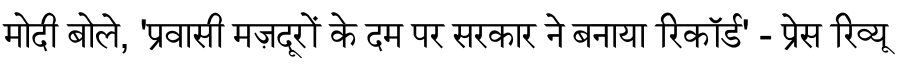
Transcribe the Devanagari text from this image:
मोदी बोले, 'प्रवासी मज़दूरों के दम पर सरकार ने बनाया रिकॉर्ड' - प्रेस रिव्यू